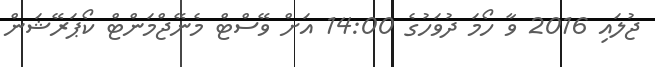
ޖުލައި 2016 ވާ ހޯމަ ދުވަހުގެ 14:00 އަށް ވޭސްޓް މެނޭޖްމަންޓް ކޯޕަރޭޝަން